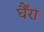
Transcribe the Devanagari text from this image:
र्घैंरा